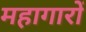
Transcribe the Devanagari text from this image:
महागारों